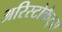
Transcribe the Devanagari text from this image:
अरिस्टोकैट्स